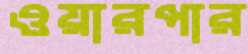
ওয়ারপার